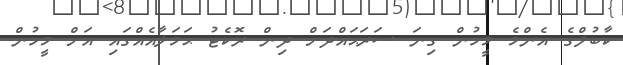
ކާބުލްގެ އެންމެ މީހުން ގިނަ ސަރަޙައްދަށް ދިން ރޮކެޓު ޙަމަލާއެއްގައި އަށް މީހުން